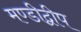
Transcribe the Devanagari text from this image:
मण्डीद्वीप